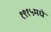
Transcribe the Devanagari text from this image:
१९१५मधे